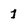
Character: 1